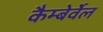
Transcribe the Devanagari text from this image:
कैम्बेर्वेल